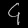
Digit: ၄